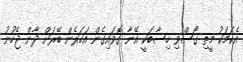
އެކަމަކު މީތި ގޯސްވި ހިސާބަކީ އޭނާ ގޮވައިގެން އަހަރެން ބޭރަށް ދާން ޖެހުނު